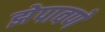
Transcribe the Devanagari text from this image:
झेपावणे